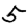
Digit: 5